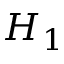
H _ { 1 }